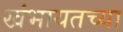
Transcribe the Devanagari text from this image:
खंभायतच्या